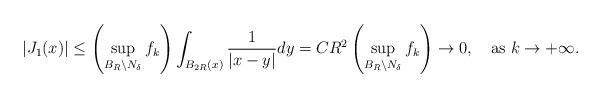
LaTeX: \begin{align*}\left|J_{1}(x)\right|\leq\left(\sup_{B_{R}\setminus N_{\delta}}f_{k}\right)\int_{B_{2R}(x)}\frac{1}{\left|x-y\right|}dy=CR^{2}\left(\sup_{B_{R}\setminus N_{\delta}}f_{k}\right)\to0,\quad\mbox{as }k\to+\infty.\end{align*}